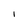
Character: l